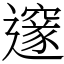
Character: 邃